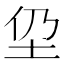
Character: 𱖌